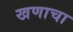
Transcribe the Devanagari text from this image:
खणाचा